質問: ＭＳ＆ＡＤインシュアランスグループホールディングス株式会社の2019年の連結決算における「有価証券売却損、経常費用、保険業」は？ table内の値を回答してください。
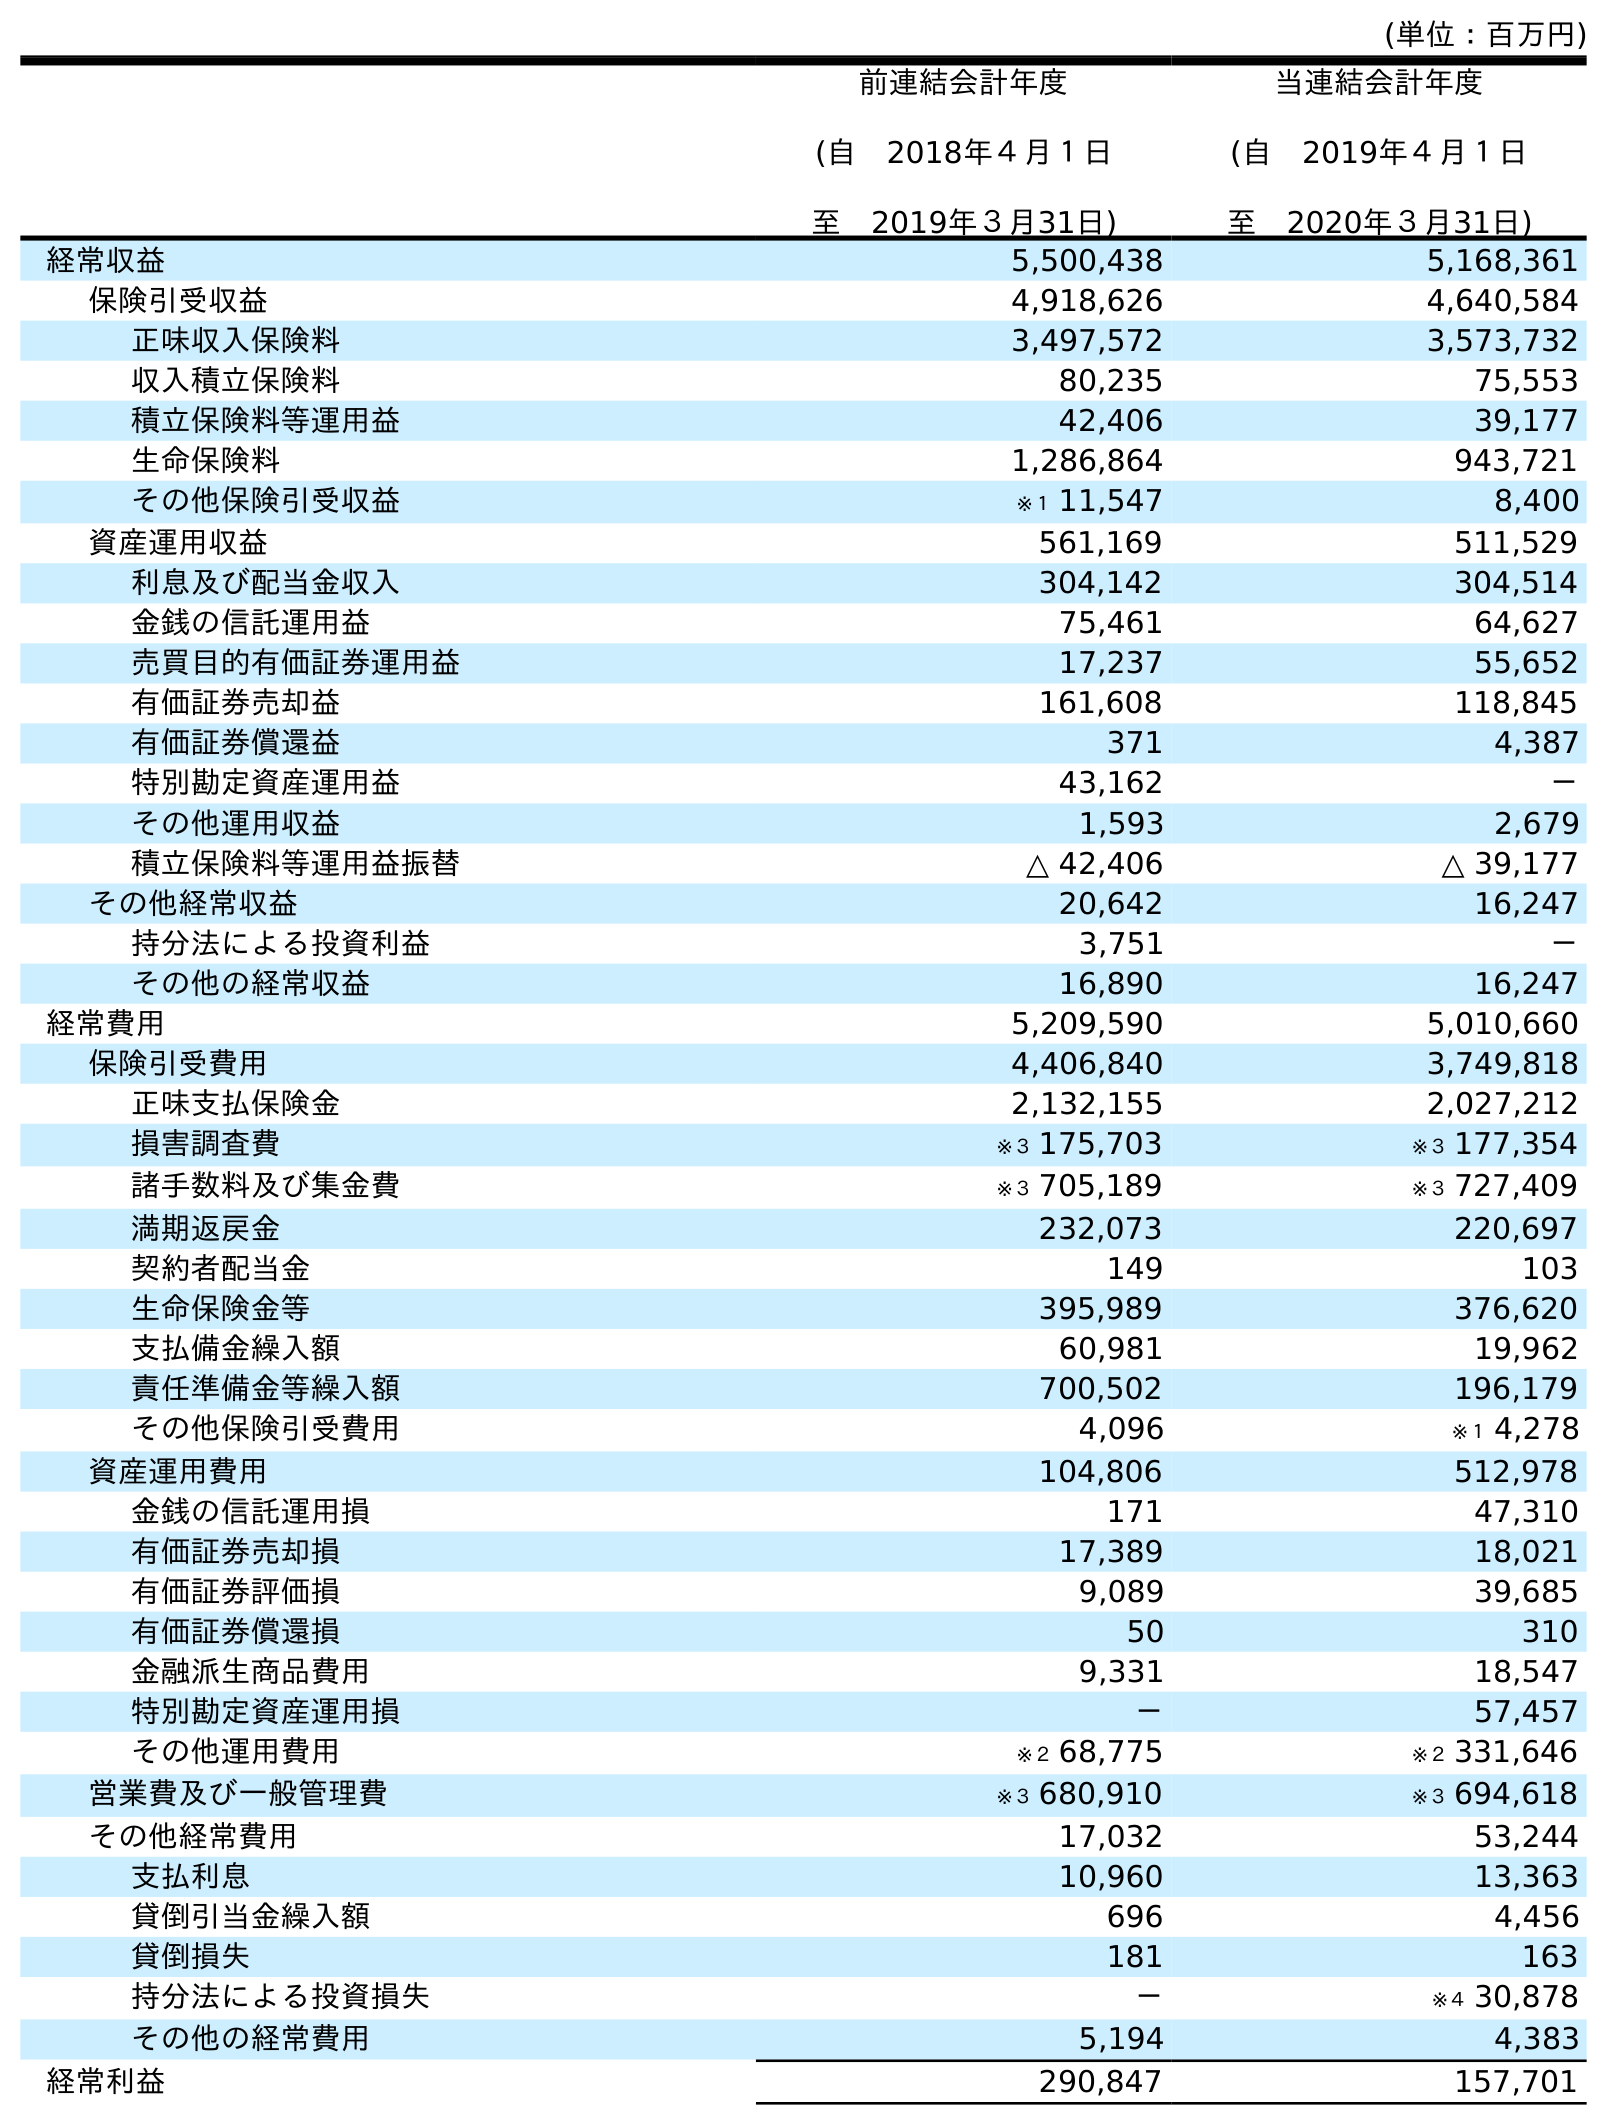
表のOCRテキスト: (単位：百万円) 前連結会計年度 (自 2018年４月１日 至 2019年３月31日) 当連結会計年度 (自 2019年４月１日 至 2020年３月31日) 経常収益 5,500,438 5,168,361 保険引受収益 4,918,626 4,640,584 正味収入保険料 3,497,572 3,573,732 収入積立保険料 80,235 75,553 積立保険料等運用益 42,406 39,177 生命保険料 1,286,864 943,721 その他保険引受収益 ※１ 11,547 8,400 資産運用収益 561,169 511,529 利息及び配当金収入 304,142 304,514 金銭の信託運用益 75,461 64,627 売買目的有価証券運用益 17,237 55,652 有価証券売却益 161,608 118,845 有価証券償還益 371 4,387 特別勘定資産運用益 43,162 － その他運用収益 1,593 2,679 積立保険料等運用益振替 △ 42,406 △ 39,177 その他経常収益 20,642 16,247 持分法による投資利益 3,751 － その他の経常収益 16,890 16,247 経常費用 5,209,590 5,010,660 保険引受費用 4,406,840 3,749,818 正味支払保険金 2,132,155 2,027,212 損害調査費 ※３ 175,703 ※３ 177,354 諸手数料及び集金費 ※３ 705,189 ※３ 727,409 満期返戻金 232,073 220,697 契約者配当金 149 103 生命保険金等 395,989 376,620 支払備金繰入額 60,981 19,962 責任準備金等繰入額 700,502 196,179 その他保険引受費用 4,096 ※１ 4,278 資産運用費用 104,806 512,978 金銭の信託運用損 171 47,310 有価証券売却損 17,389 18,021 有価証券評価損 9,089 39,685 有価証券償還損 50 310 金融派生商品費用 9,331 18,547 特別勘定資産運用損 － 57,457 その他運用費用 ※２ 68,775 ※２ 331,646 営業費及び一般管理費 ※３ 680,910 ※３ 694,618 その他経常費用 17,032 53,244 支払利息 10,960 13,363 貸倒引当金繰入額 696 4,456 貸倒損失 181 163 持分法による投資損失 － ※４ 30,878 その他の経常費用 5,194 4,383 経常利益 290,847 157,701
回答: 17,389